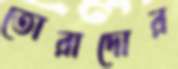
তোরাদোর